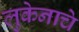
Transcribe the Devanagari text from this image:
लुकेनाचे